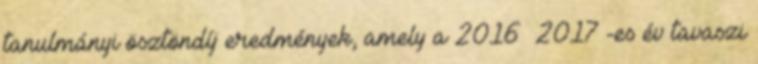
tanulmányi ösztöndíj eredmények, amely a 2016 2017 -es év tavaszi